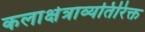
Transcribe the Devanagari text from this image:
कलाक्षेत्राव्यतिरिक्त